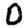
Digit: 0